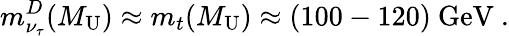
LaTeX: m_{\nu_{\tau}}^{D}(M_{\mathrm{U}})\approx m_{t}(M_{\mathrm{U}})\approx(100-120)~\mathrm{GeV}~.